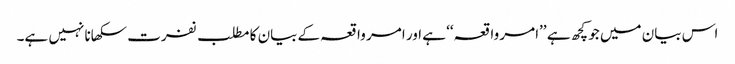
اس بیان میں جو کچھ ہے ’’امر واقعہ‘‘ ہے اور امر واقعہ کےبیان کا مطلب نفرت سکھانا نہیں ہے۔